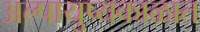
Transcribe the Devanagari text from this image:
अल्पायुष्यकाळात